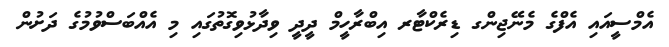
އެމްސީއައި އެފްގެ މެނޭޖިންގ ޑިރެކްޓާރ އިބްރާހީމް ދީދީ ވިދާޅުވިގޮތުގައި މި އެއްބަސްވުމުގެ ދަށުން